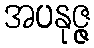
အပနုဇ္ဇ